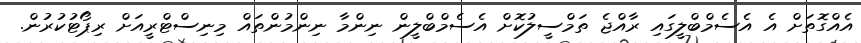
އެއްގޮތަށް އެ އެސެމްބްލީގައި ރާއްޖެ ތަމްސީލުކޮށް އެސެމްބްލީން ނިންމާ ނިންމުންތައް މިނިސްޓްރީއަށް ރިޕޯޓުކުރުން.